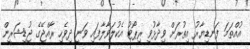
އުއްތަމަ ފަނޑިޔާރު އިތުރަށް ވިދާޅުވީ ރިޕޯޓު އެކުލަވާލާފައި ވަނީ ދިވެހި ރާއްޖޭގެ ޖުޑީޝަރީން